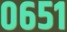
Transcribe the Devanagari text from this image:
०६५१